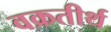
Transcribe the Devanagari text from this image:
वक्रतीर्थ